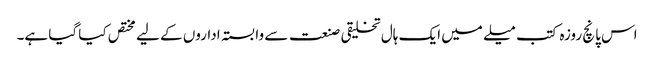
اس پانچ روزہ کتب میلے میں ایک ہال تخلیقی صنعت سے وابستہ اداروں کے لیے مختص کیا گیا ہے۔